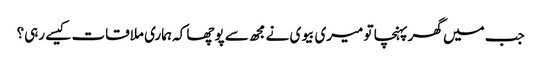
جب میں گھر پہنچا تو میری بیوی نے مجھ سے پوچھا کہ ہماری ملاقات کیسے رہی؟